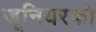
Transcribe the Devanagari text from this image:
जूनियरको